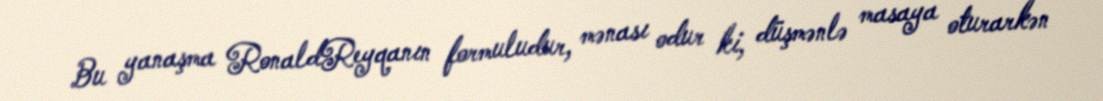
Bu yanaşma RonaldReyqanın formuludur, mənası odur ki, düşmənlə masaya oturarkən